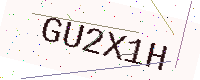
Text: GU2X1H